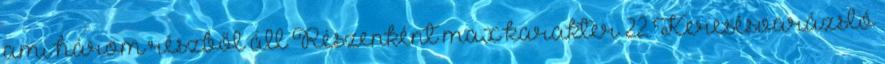
ami három részből áll Részenként max karakter 22 Keresésvarázsló